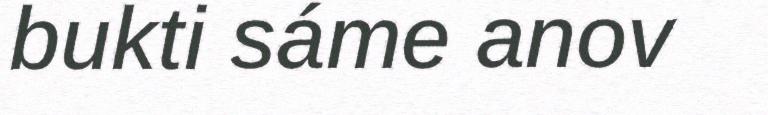
bukti sáme anov